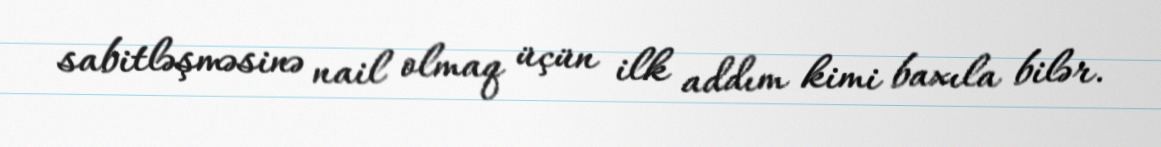
sabitləşməsinə nail olmaq üçün ilk addım kimi baxıla bilər.